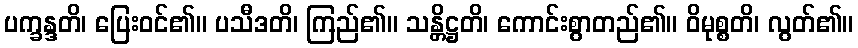
ပက္ခန္ဒတိ၊ ပြေးဝင်၏။ ပသီဒတိ၊ ကြည်၏။ သန္တိဋ္ဌတိ၊ ကောင်းစွာတည်၏။ ဝိမုစ္စတိ၊ လွတ်၏။